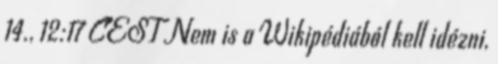
14., 12:17 CEST Nem is a Wikipédiából kell idézni,